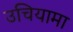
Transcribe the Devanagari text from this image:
उचियामा